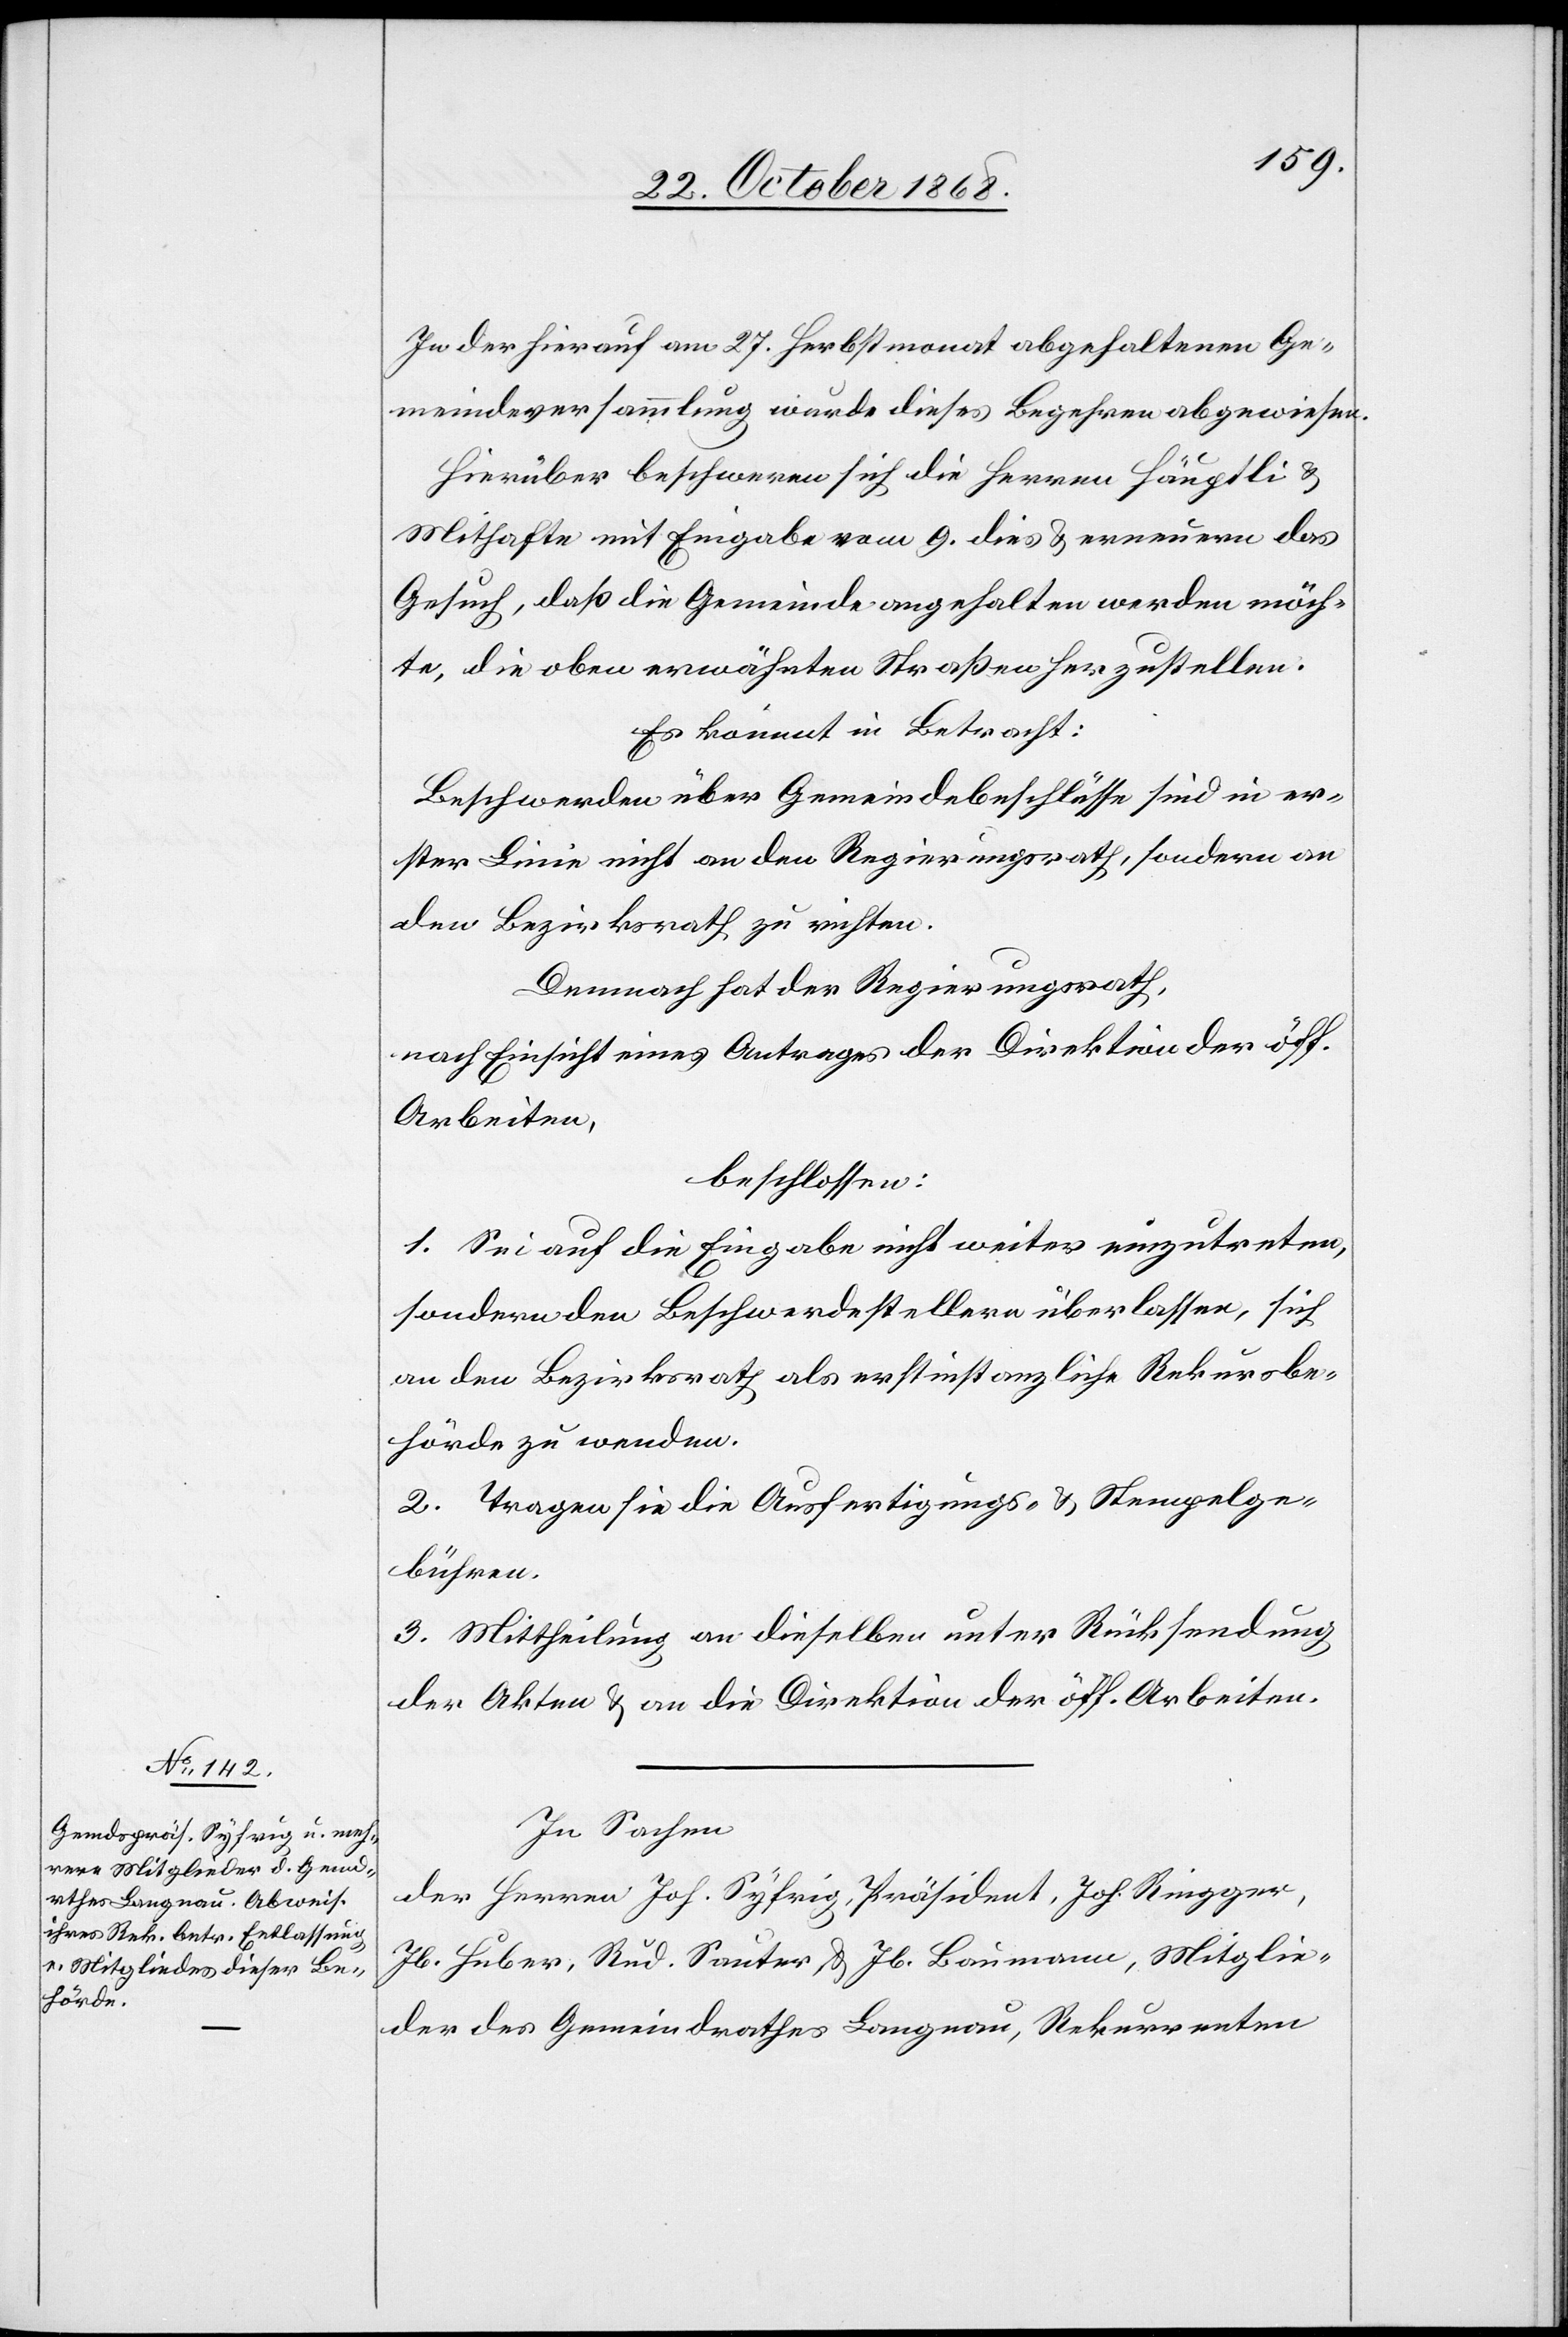
In der hierauf am 27. Herbstmonat abgehaltenen Ge¬
meindeversammlung wurde dieses Begehren abgewiesen.
Hierüber beschweren sich die Herren Häuptli &
Mithafte mit Eingabe vom 9. dies & erneuern das
Gesuch, daß die Gemeinde angehalten werden möch¬
te, die oben erwähnten Straßen herzustellen.
Es kommt in Betracht:
Beschwerden über Gemeindebeschlüsse sind in er¬
ster Linie nicht an den Regierungsrath, sondern an
den Bezirksrath zu richten.
Demnach hat der Regierungsrath,
nach Einsicht eines Antrages der Direktion der öff.
Arbeiten,
beschlossen:
1. Sei auf die Eingabe nicht weiter einzutreten,
sondern den Beschwerdestellern überlassen, sich
an den Bezirksrath als erstinstanzliche Rekursbe¬
hörde zu wenden.
2. Tragen sie die Ausfertigungs- & Stempelge¬
bühren.
3. Mittheilung an dieselben unter Rücksendung
der Akten & an die Direktion der öff. Arbeiten.
In Sachen
der Herren Joh. Syfrig, Präsident, Joh. Ringger,
Jb. Huber, Rud. Sauter & Jb. Baumann, Mitglie¬
der des Gemeindrathes Langnau, Rekurrenten